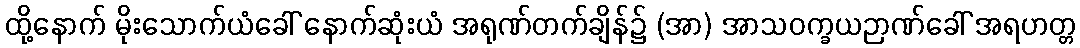
ထို့နောက် မိုးသောက်ယံခေါ် နောက်ဆုံးယံ အရုဏ်တက်ချိန်၌ (အာ) အာသဝက္ခယဉာဏ်ခေါ် အရဟတ္တ